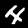
Label: 4